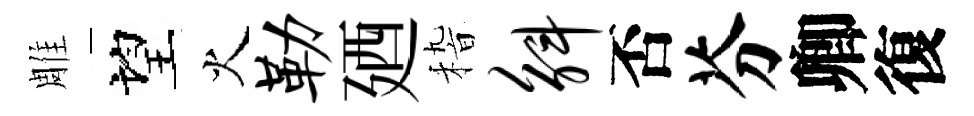
雕望火勒廼𥟵斛否芬卿復